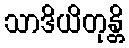
သာဒိယိတုန္တိ